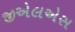
જીએલએસ